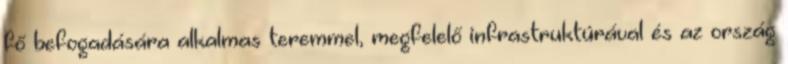
fő befogadására alkalmas teremmel, megfelelő infrastruktúrával és az ország